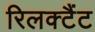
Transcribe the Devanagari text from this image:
रिलक्टैंट